Indian journal of veterinary science and animal husbandry - Volumes 26-27, 1956-1957
Year: 1956
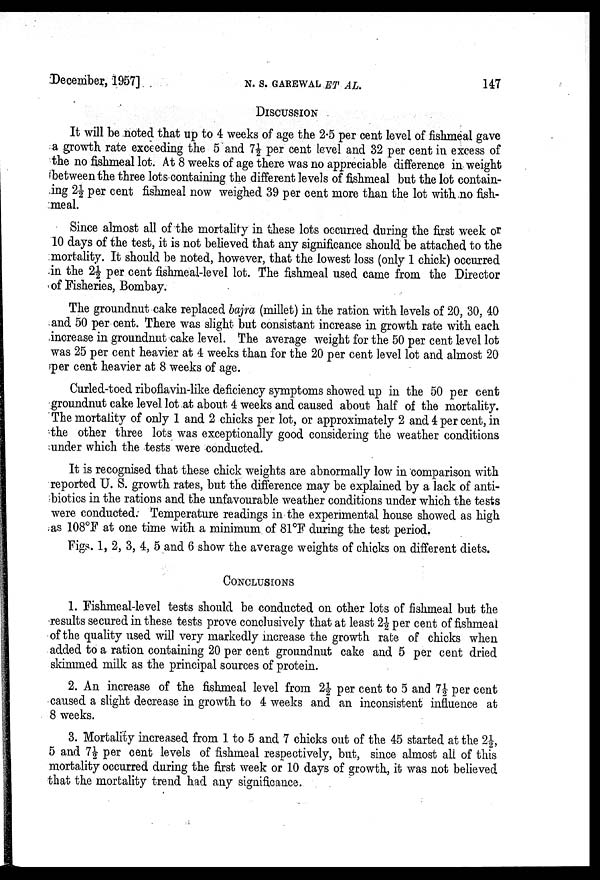
December, 1957] N. S. GAREWAL ET AL.
DISCUSSION
It will be noted that up to 4 weeks of age the 2.5 per cent level of fishmeal gave
a growth rate exceeding the 5 and 7½ per cent level and 32 per cent in excess of
the no fishmeal lot. At 8 weeks of age there was no appreciable difference in weight
between the three lots containing the different levels of fishmeal but the lot contain-
ing 2½ per cent fishmeal now weighed 39 per cent more than the lot with no fish-
meal.
Since almost all of the mortality in these lots occurred during the first week or
10 days of the test, it is not believed that any significance should be attached to the
mortality. It should be noted, however, that the lowest loss (only 1 chick) occurred
in the 2½ per cent fishmeal-level lot. The fishmeal used came from the Director
of Fisheries, Bombay.
The groundnut cake replaced bajra (millet) in the ration with levels of 20, 30, 40
and 50 per cent. There was slight but consistant increase in growth rate with each
increase in groundnut cake level. The average weight for the 50 per cent level lot
was 25 per cent heavier at 4 weeks than for the 20 per cent level lot and almost 20
per cent heavier at 8 weeks of age.
Curled-toed riboflavin-like deficiency symptoms showed up in the 50 per cent
groundnut cake level lot at about 4 weeks and caused about half of the mortality.
The mortality of only 1 and 2 chicks per lot, or approximately 2 and 4 per cent, in
the other three lots was exceptionally good considering the weather conditions
under which the tests were conducted.
It is recognised that these chick weights are abnormally low in comparison with
reported U. S. growth rates, but the difference may be explained by a lack of anti-
biotics in the rations and the unfavourable weather conditions under which the tests
were conducted. Temperature readings in the experimental house showed as high
as 108°F at one time with a minimum of 81°F during the test period.
Figs. 1, 2, 3, 4, 5 and 6 show the average weights of chicks on different diets.
CONCLUSIONS
1. Fishmeal-level tests should be conducted on other lots of fishmeal but the
results secured in these tests prove conclusively that at least 2½ per cent of fishmeal
of the quality used will very markedly increase the growth rate of chicks when
added to a ration containing 20 per cent groundnut cake and 5 per cent dried
skimmed milk as the principal sources of protein.
2. An increase of the fishmeal level from 2½ per cent to 5 and 7½ per cent
caused a slight decrease in growth to 4 weeks and an inconsistent influence at
8 weeks.
3. Mortality increased from 1 to 5 and 7 chicks out of the 45 started at the 2½,
5 and 7½ per cent levels of fishmeal respectively, but, since almost all of this
mortality occurred during the first week or 10 days of growth, it was not believed
that the mortality trend had any significance.